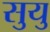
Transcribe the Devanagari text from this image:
सुयु